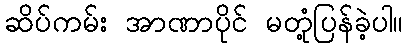
ဆိပ်ကမ်း အာဏာပိုင် မတုံ့ပြန်ခဲ့ပါ။